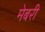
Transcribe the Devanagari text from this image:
मेबरी